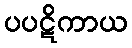
ပပဋိကာယ